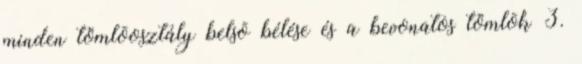
minden tömlõosztály belsõ bélése és a bevonatos tömlõk 3.